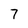
Character: 7